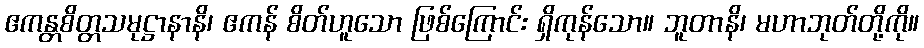
ဧကန္တစိတ္တသမုဋ္ဌာနာနိ၊ ဧကန် စိတ်ဟူသော ဖြစ်ကြောင်း ရှိကုန်သော။ ဘူတာနိ၊ မဟာဘုတ်တို့ကို။